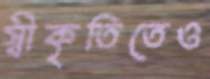
স্বীকৃতিতেও